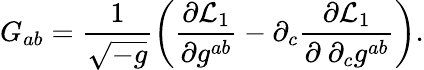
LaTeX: G_{ab}=\frac{1}{\sqrt{-g}}\left(\frac{\partial{\cal L}_{1}}{\partial g^{ab}}-\partial_{c}\frac{\partial{\cal L}_{1}}{\partial~\partial_{c}g^{ab}}\right).